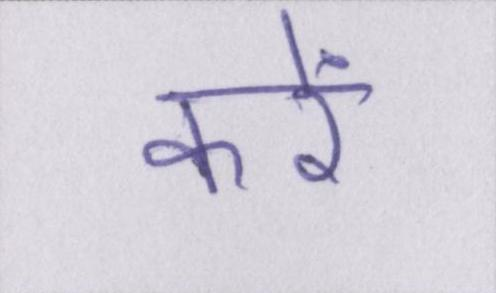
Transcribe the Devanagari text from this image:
करें